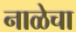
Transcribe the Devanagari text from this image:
नाळेचा